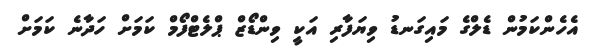
އެހެންކަމުން ޑެލްގެ މައިގަނޑު ވިޔަފާރި އަކީ ވިންޑޯޒް ޕްލެޓްފޯމް ކަމަށް ހަދާނެ ކަމަށް